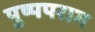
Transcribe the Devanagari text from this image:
पुष्पपराग